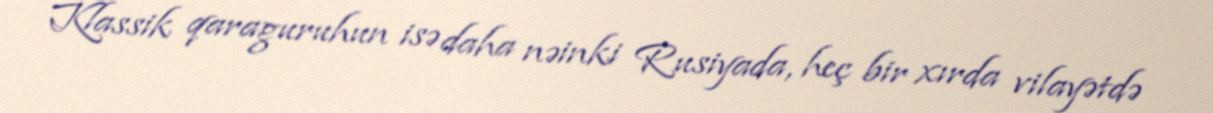
Klassik qaraguruhun isə daha nəinki Rusiyada, heç bir xırda vilayətdə